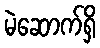
မဲဆောက်ရှိ